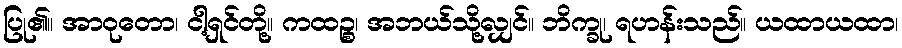
ပြု၏။ အာဝုတော၊ ငါ့ရှင်တို့။ ကထဉ္စ၊ အဘယ်သို့လျှင်။ ဘိက္ခု၊ ရဟန်းသည်။ ယထာယထာ၊